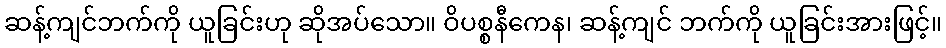
ဆန့်ကျင်ဘက်ကို ယူခြင်းဟု ဆိုအပ်သော။ ဝိပစ္စနီကေန၊ ဆန့်ကျင် ဘက်ကို ယူခြင်းအားဖြင့်။